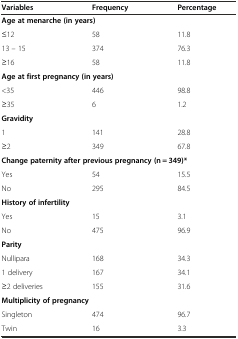
| Variables | Frequency | Percentage |
 | --- | --- | --- |
 | <COLSPAN=3> Age at menarche (in years) |
 | ≤12 | 58 | 11.8 |
 | 13 – 15 | 374 | 76.3 |
 | ≥16 | 58 | 11.8 |
 | <COLSPAN=3> Age at first pregnancy (in years) |
 | <35 | 446 | 98.8 |
 | ≥35 | 6 | 1.2 |
 | <COLSPAN=3> Gravidity |
 | 1 | 141 | 28.8 |
 | ≥2 | 349 | 67.8 |
 | <COLSPAN=3> Change paternity after previous pregnancy (n = 349)* |
 | Yes | 54 | 15.5 |
 | No | 295 | 84.5 |
 | <COLSPAN=3> History of infertility |
 | Yes | 15 | 3.1 |
 | No | 475 | 96.9 |
 | <COLSPAN=3> Parity |
 | Nullipara | 168 | 34.3 |
 | 1 delivery | 167 | 34.1 |
 | ≥2 deliveries | 155 | 31.6 |
 | <COLSPAN=3> Multiplicity of pregnancy |
 | Singleton | 474 | 96.7 |
 | Twin | 16 | 3.3 |